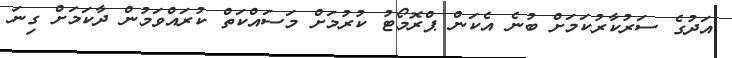
އަދުގެ ސަރުކާރުކަމަށް ބުނެ އެކަން ޕްރޮމޯޓު ކުރުމަށް މަސައްކަތް ކުރައްވަމުން ދާކަމަށް ގިނަ